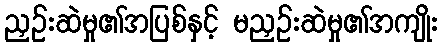
ညှဉ်းဆဲမှု၏အပြစ်နှင့် မညှဉ်းဆဲမှု၏အကျိုး